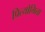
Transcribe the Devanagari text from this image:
प्रित्योगिता